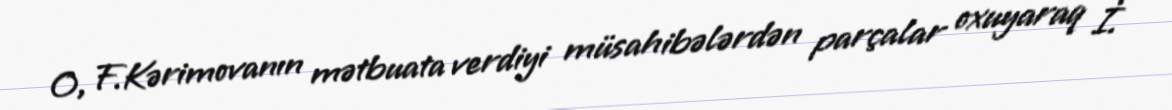
O, F.Kərimovanın mətbuata verdiyi müsahibələrdən parçalar oxuyaraq İ.